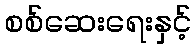
စစ်ဆေးရေးနှင့်